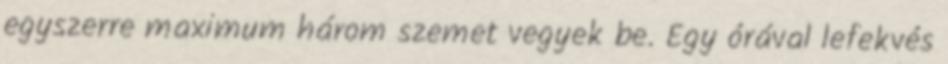
egyszerre maximum három szemet vegyek be. Egy órával lefekvés